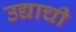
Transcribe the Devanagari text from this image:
उद्याची